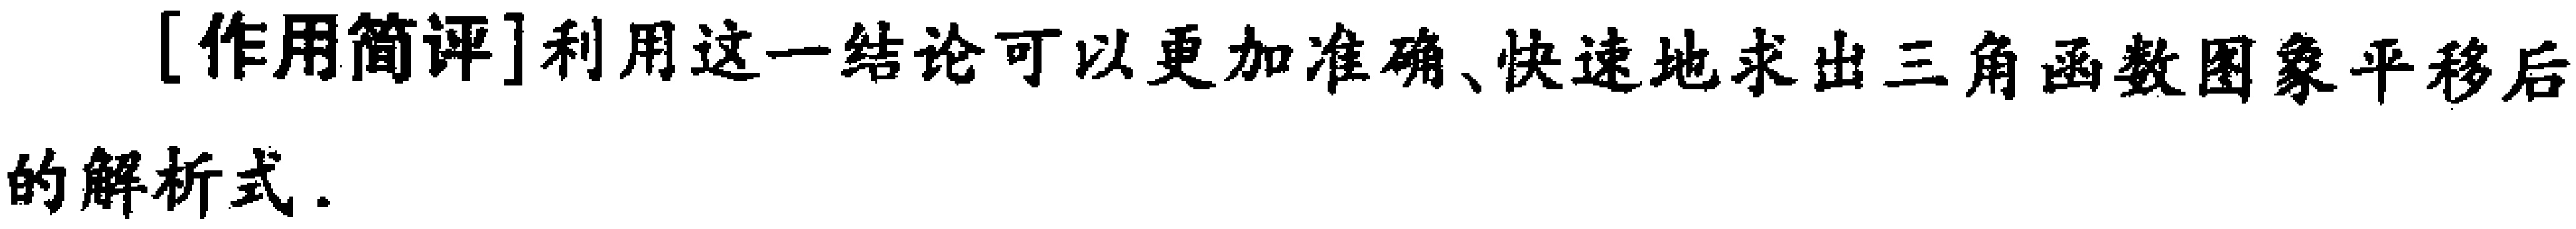
[作用简评]利用这一结论可以更加准确、快速地求出三角函数图象平移后的解析式.